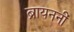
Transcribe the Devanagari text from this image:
ब्रायननीं